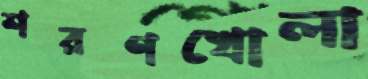
শরণখোলা